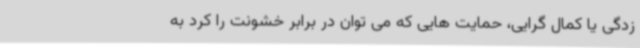
زدگی یا کمال گرایی، حمایت هایی که می توان در برابر خشونت را کرد به